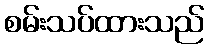
စမ်းသပ်ထားသည်